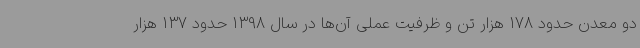
دو معدن حدود 178 هزار تن و ظرفیت عملی آن‌ها در سال 1398 حدود 137 هزار